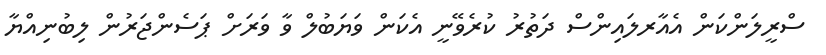
ސްރީލަންކަން އެއާރލައިންސް ދަތުރު ކުރެވޭނީ އެކަން ވަޔަބުލް ވާ ވަރަށް ޕަސެންޖަރުން ލިބުނިއްޔާ